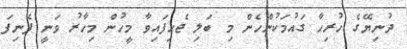
ދުނިޔޭގެ ހުރިހާ ގައުމަކުންހެން މި ބަލި ޖެހިފައިވާ މީހުން މިހާރު ވަނީ ފެނިފަ